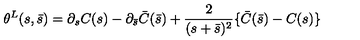
\theta ^ { L } ( s , \bar { s } ) = \partial _ { s } C ( s ) - \partial _ { \bar { s } } \bar { C } ( \bar { s } ) + \frac { 2 } { ( s + \bar { s } ) ^ { 2 } } \{ \bar { C } ( \bar { s } ) - C ( s ) \}